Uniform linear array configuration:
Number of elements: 24
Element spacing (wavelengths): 1
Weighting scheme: blackman
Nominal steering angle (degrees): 15
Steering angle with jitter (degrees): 14.385
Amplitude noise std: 0.05
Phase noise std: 0.05

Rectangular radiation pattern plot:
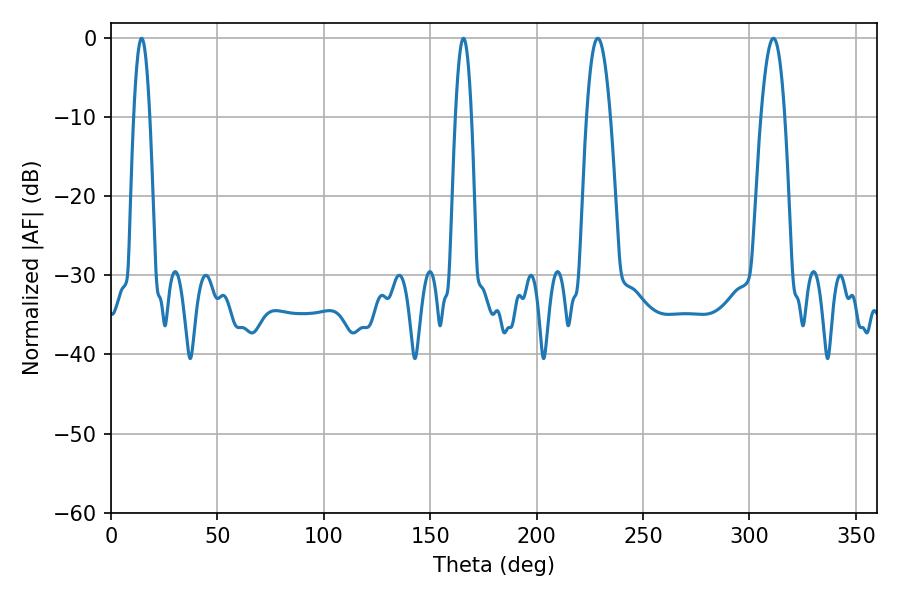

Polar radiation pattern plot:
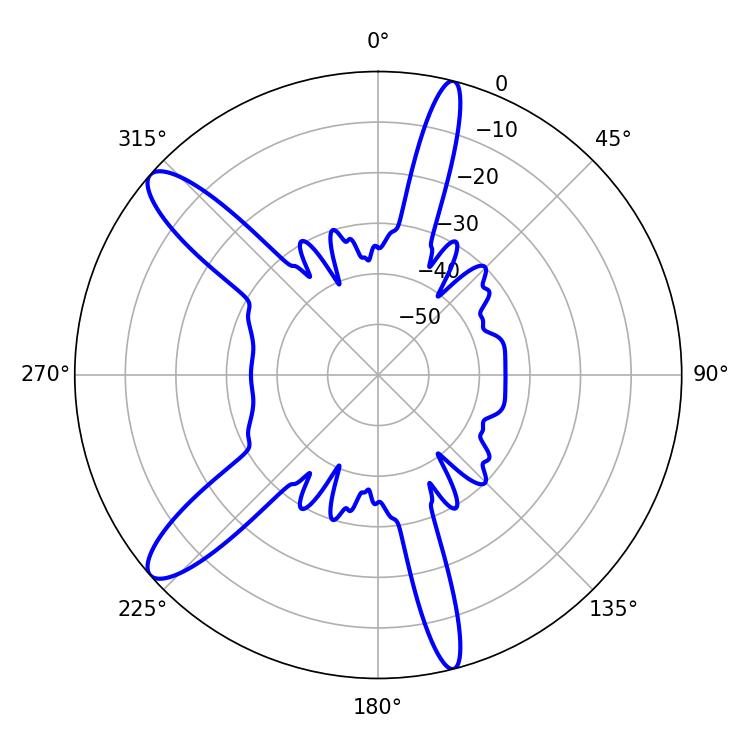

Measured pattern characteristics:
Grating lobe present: TRUE
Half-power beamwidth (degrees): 3.96
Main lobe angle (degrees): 14.4